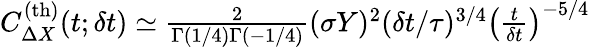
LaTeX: \begin{array}{r}{C_{\Delta X}^{\mathrm{(th)}}(t;\delta t)\simeq\frac{2}{\Gamma(1/4)\Gamma(-1/4)}(\sigma Y)^{2}(\delta t/\tau)^{3/4}\left(\frac{t}{\delta t}\right)^{-5/4}}\end{array}